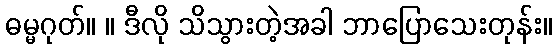
ဓမ္မဂုတ်။ ။ ဒီလို သိသွားတဲ့အခါ ဘာပြောသေးတုန်း။